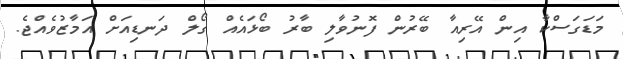
މަޑަގަސްކާ އިން އޭރިއާ ބޭރުން ފޮނުވާލި ބާރު ބޯޅައެއް ގޯލް ދަނޑިއަށް އަމާޒުވެއްޖެ.